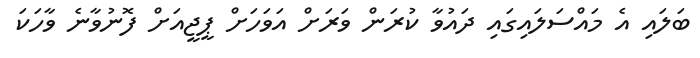
ބަލައި އެ މައްސަލައިގައި ދައުވާ ކުރަން ވަރަށް އަވަހަށް ޕީޖީއަށް ފޮނުވާނެ ވާހަކަ